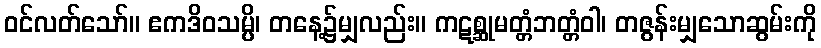
ဝင်လတ်သော်။ ဧကဒိဝသမ္ပိ၊ တနေ့၌မျှလည်း။ ကဋစ္ဆုမတ္တံဘတ္တံဝါ၊ တဇွန်းမျှသောဆွမ်းကို